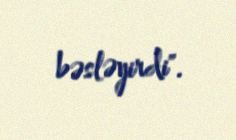
bəsləyirdi".